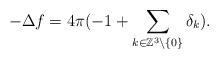
LaTeX: \begin{align*}-\Delta f= 4\pi(-1+\sum_{k\in \mathbb{Z}^3\setminus\{0\}}\delta_k).\end{align*}